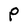
Character: P